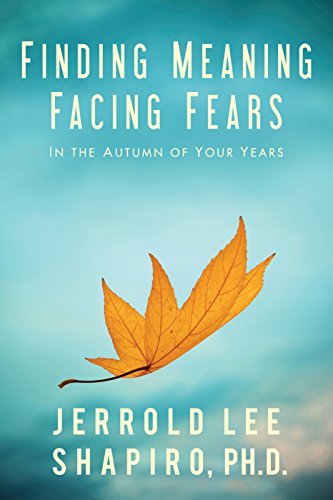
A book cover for Finding Meaning, Facing Fears: In the Autumn of Your Years; Jerrold Shapiro PhD; Self-Help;